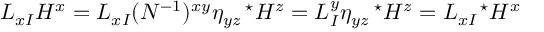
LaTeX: L _ { x I } H ^ { x } = L _ { x I } ( N ^ { - 1 } ) ^ { x y } \eta _ { y z } ^ { \ \ \ \star } H ^ { z } = L _ { I } ^ { y } \eta _ { y z } ^ { \ \ \ \star } H ^ { z } = L _ { x I } ^ { \ \ \ \star } H ^ { x }